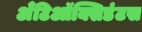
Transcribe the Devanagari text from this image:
अँटिऑक्सिडंटस